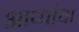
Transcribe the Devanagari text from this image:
आप्पांचा